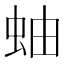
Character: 蚰